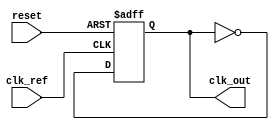
module continuous_time_PLL (
    input wire clk_ref,          // Reference clock input
    input wire reset,            // Reset signal
    output wire clk_out          // Output clock
);

    // Parameters for the PLL
    parameter integer VCO_MAX_FREQ = 100; // Maximum frequency of VCO
    parameter integer VCO_MIN_FREQ = 10;   // Minimum frequency of VCO
    parameter integer LOOP_FILTER_GAIN = 1; // Gain for loop filter

    // Internal signals
    reg [7:0] vco_freq;            // VCO frequency control
    reg clk_vco;                   // VCO output clock
    reg phase_error;               // Phase error signal
    reg [7:0] control_voltage;     // Control voltage from loop filter

    // Phase Detector (PD)
    always @(posedge clk_ref or posedge reset) begin
        if (reset) begin
            phase_error <= 0;
        end else begin
            // Simple phase detection logic (XOR for demonstration)
            phase_error <= clk_ref ^ clk_vco;
        end
    end

    // Loop Filter (LF)
    always @(posedge clk_ref or posedge reset) begin
        if (reset) begin
            control_voltage <= 0;
        end else begin
            // Simple first-order loop filter
            control_voltage <= control_voltage + (phase_error * LOOP_FILTER_GAIN);
            // Clamp control voltage to VCO frequency range
            if (control_voltage > VCO_MAX_FREQ) begin
                control_voltage <= VCO_MAX_FREQ;
            end else if (control_voltage < VCO_MIN_FREQ) begin
                control_voltage <= VCO_MIN_FREQ;
            end
        end
    end

    // Voltage-Controlled Oscillator (VCO)
    always @(posedge clk_ref or posedge reset) begin
        if (reset) begin
            vco_freq <= VCO_MIN_FREQ;
            clk_vco <= 0;
        end else begin
            // Adjust VCO frequency based on control voltage
            vco_freq <= control_voltage;
            // Generate output clock based on VCO frequency
            clk_vco <= ~clk_vco; // Toggle clock for demonstration
        end
    end

    // Feedback Path (for demonstration, direct connection)
    assign clk_out = clk_vco;

endmodule